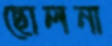
ছোলনা